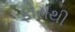
ફોરાથી